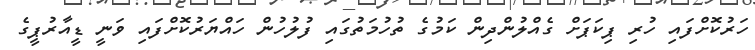
ހަރުކޮށްފައި ހުރި ޕިކަޕަށް ގެއްލުންދިން ކަމުގެ ތުހުމަތުގައި ފުލުހުން ހައްޔަރުކޮށްފައި ވަނީ ޑީއާރުޕީގެ